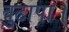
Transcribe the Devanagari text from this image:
बुढापा।